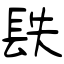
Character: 镻